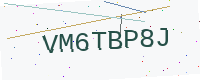
Text: VM6TBP8J